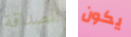
للصداقة يكون